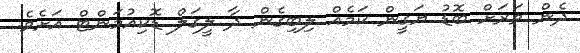
ދެން ވަރަށް ބޮޑު ޔަގީން ކަމެއް ލިބިގެން ދާ ލީގަލް ޑޮކިއުމަންޓް އަށެވެ.